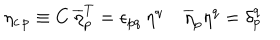
\eta _ { c \, p } \equiv C \: \overline { { { \eta } } } _ { p } ^ { T } = \epsilon _ { p q } \: \eta ^ { q } \; \overline { { { \eta } } } _ { p } \eta ^ { q } = \delta _ { p } ^ { q }